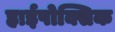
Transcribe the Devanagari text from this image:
हाईपोक्सिक